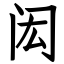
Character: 闳